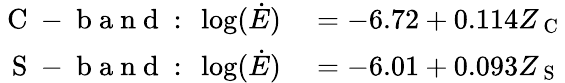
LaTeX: \begin{array}{rl}{\mathrm{~C~-~b~a~n~d~:~}\log(\dot{E})}&{{}=-6.72+0.114Z_{\mathrm{~C~}}}\\ {\mathrm{~S~-~b~a~n~d~:~}\log(\dot{E})}&{{}=-6.01+0.093Z_{\mathrm{~S~}}}\end{array}